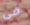
فى